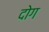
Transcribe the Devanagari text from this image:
दोग